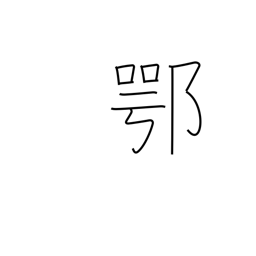
Meaning: frankly